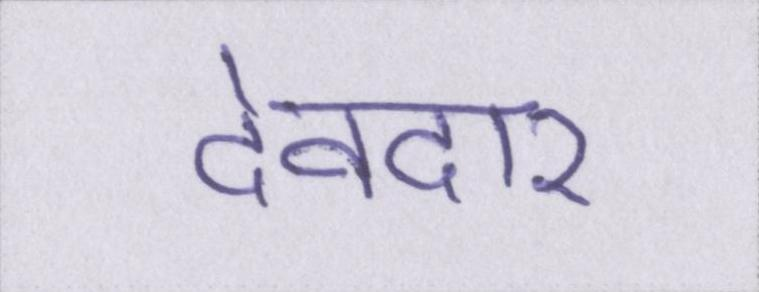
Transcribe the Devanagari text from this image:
देवदार